Sketch of the medical history of the native army of Bombay, for the year
Year: 1872
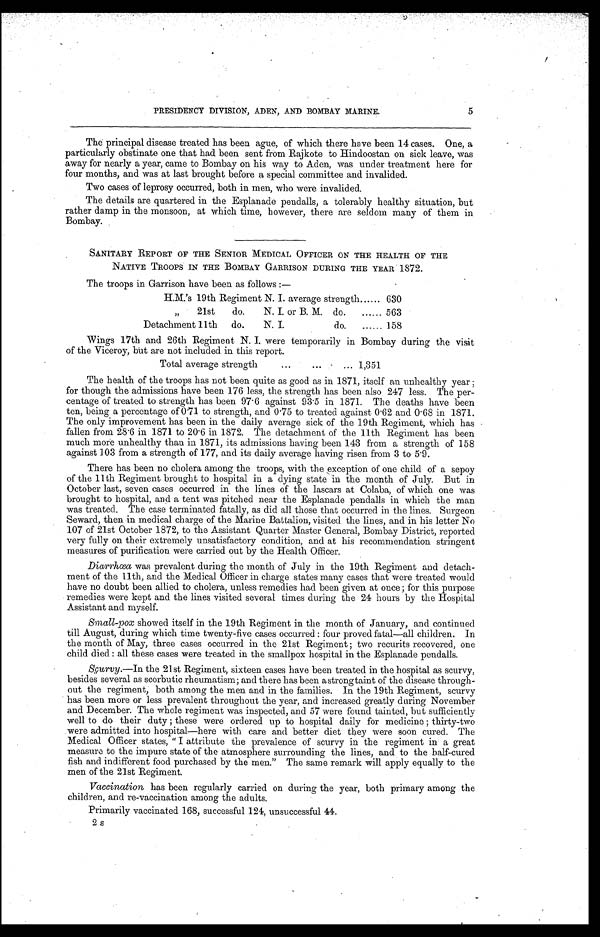
PRESIDENCY DIVISION, ADEN, AND BOMBAY MARINE. 5
The principal disease treated has been ague, of which there have been 14 cases. One, a
particularly obstinate one that had been sent from Rajkote to Hindoostan on sick leave, was
away for nearly a year, came to Bombay on his way to Aden, was under treatment here for
four months, and was at last brought before a special committee and invalided.
Two cases of leprosy occurred, both in men, who were invalided.
The details are quartered in the Esplanade peudalls, a tolerably healthy situation, but
rather damp in the monsoon, at which time, however, there are seldom many of them in
Bombay.
SANITARY REPORT OF THE SENIOR MEDICAL OFFICER ON THE HEALTH OF THE
NATIVE TROOPS IN THE BOMBAY GARRISON DURING THE YEAR 1872.
The troops in Garrison have been as follows :—
H.M.'s 19th Regiment N. I. average strength
. . . . . . 630
" 2 1 s t do.
N. I. or B. M. do. ...... 563
Detachment 11th do.
N. I.
do. ...... 158
Wings 17th and 26th Regiment N. I. were temporarily in Bombay during the visit
of the Viceroy, but are not included in this report.
Total average strength
...
...
... 1,351
The health of the troops has not been quite as good as in 1871, itself an unhealthy year ;
for though the admissions have been 176 less, the strength has been also 247 less. The per-
centage of treated to strength has been 97.6 against 93.5 in 1871. The deaths have been
ten, being a percentage of 0.71 to strength, and 0.75 to treated against 0.62 and 0.68 in 1871.
The only improvement has been in the daily average sick of the 19th Regiment, which has
fallen from 28.6 in 1871 to 20.6 in 1872. The detachment of the 11th Regiment has been
much more unhealthy than in 1871, its admissions having been 143 from a strength of 158
against 103 from a strength of 177, and its daily average having risen from 3 to 5.9.
There has been no cholera among the troops, with the exception of one child of a sepoy
of the 11th Regiment brought to hospital in a dying state in the month of July. But in
October last, seven cases occurred in the lines of the lascars at Colaba, of which one was
brought to hospital, and a tent was pitched near the Esplanade pendalls in which the man
was treated. The case terminated fatally, as did all those that occurred in the lines. Surgeon
Seward, then in medical charge of the Marine Battalion, visited the lines, and in his letter No
107 of 21st October 1872, to the Assistant Quarter Master General, Bombay District, reported
very fully on their extremely unsatisfactory condition, and at his recommendation stringent
measures of purification were carried out by the Health Officer.
Diarrhœa was prevalent during the month of July in the 19th Regiment and detach-
ment of the 11th, and the Medical Officer in charge states many cases that were treated would
have no doubt been allied to cholera, unless remedies had been given at once ; for this purpose
remedies were kept and the lines visited several times during the 24 hours by the Hospital
Assistant and myself.
Small-pox showed itself in the 19th Regiment in the month of January, and continued
till August, during which time twenty-five cases occurred : four proved fatal—all children. In
the month of May, three cases occurred in the 21st Regiment ; two recurits recovered, one
child died : all these cases were treated in the smallpox hospital in the Esplanade pendalls.
Scurvy.—In the 21st Regiment, sixteen cases have been treated in the hospital as scurvy,
besides several as scorbutic rheumatism; and there has been a strongtaint of the disease through-
out the regiment, both among the men and in the families. In the 19th Regiment, scurvy
has been more or less prevalent throughout the year, and increased greatly during November
and December. The whole regiment was inspected, and 57 were found tainted, but sufficiently
well to do their duty ; these were ordered up to hospital daily for medicine ; thirty-two
were admitted into hospital—here with care and better diet they were soon cured. The
Medical Officer states, " I attribute the prevalence of scurvy in the regiment in a great
measure to the impure state of the atmosphere surrounding the lines, and to the half-cured
fish and indifferent food purchased by the men." The same remark will apply equally to the
men of the 21st Regiment.
Vaccination has been regularly carried on during the year, both primary among the
children, and re-vaccination among the adults.
Primarily vaccinated 168, successful 124, unsuccessful 44.
2 s